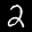
Label: 2